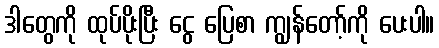
ဒါတွေကို ထုပ်ပိုးပြီး ငွေ ပြေစာ ကျွန်တော့်ကို ပေးပါ။